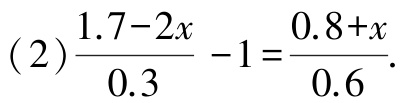
(2)$\frac{1.7 - 2x}{0.3}-1=\frac{0.8 + x}{0.6}$.